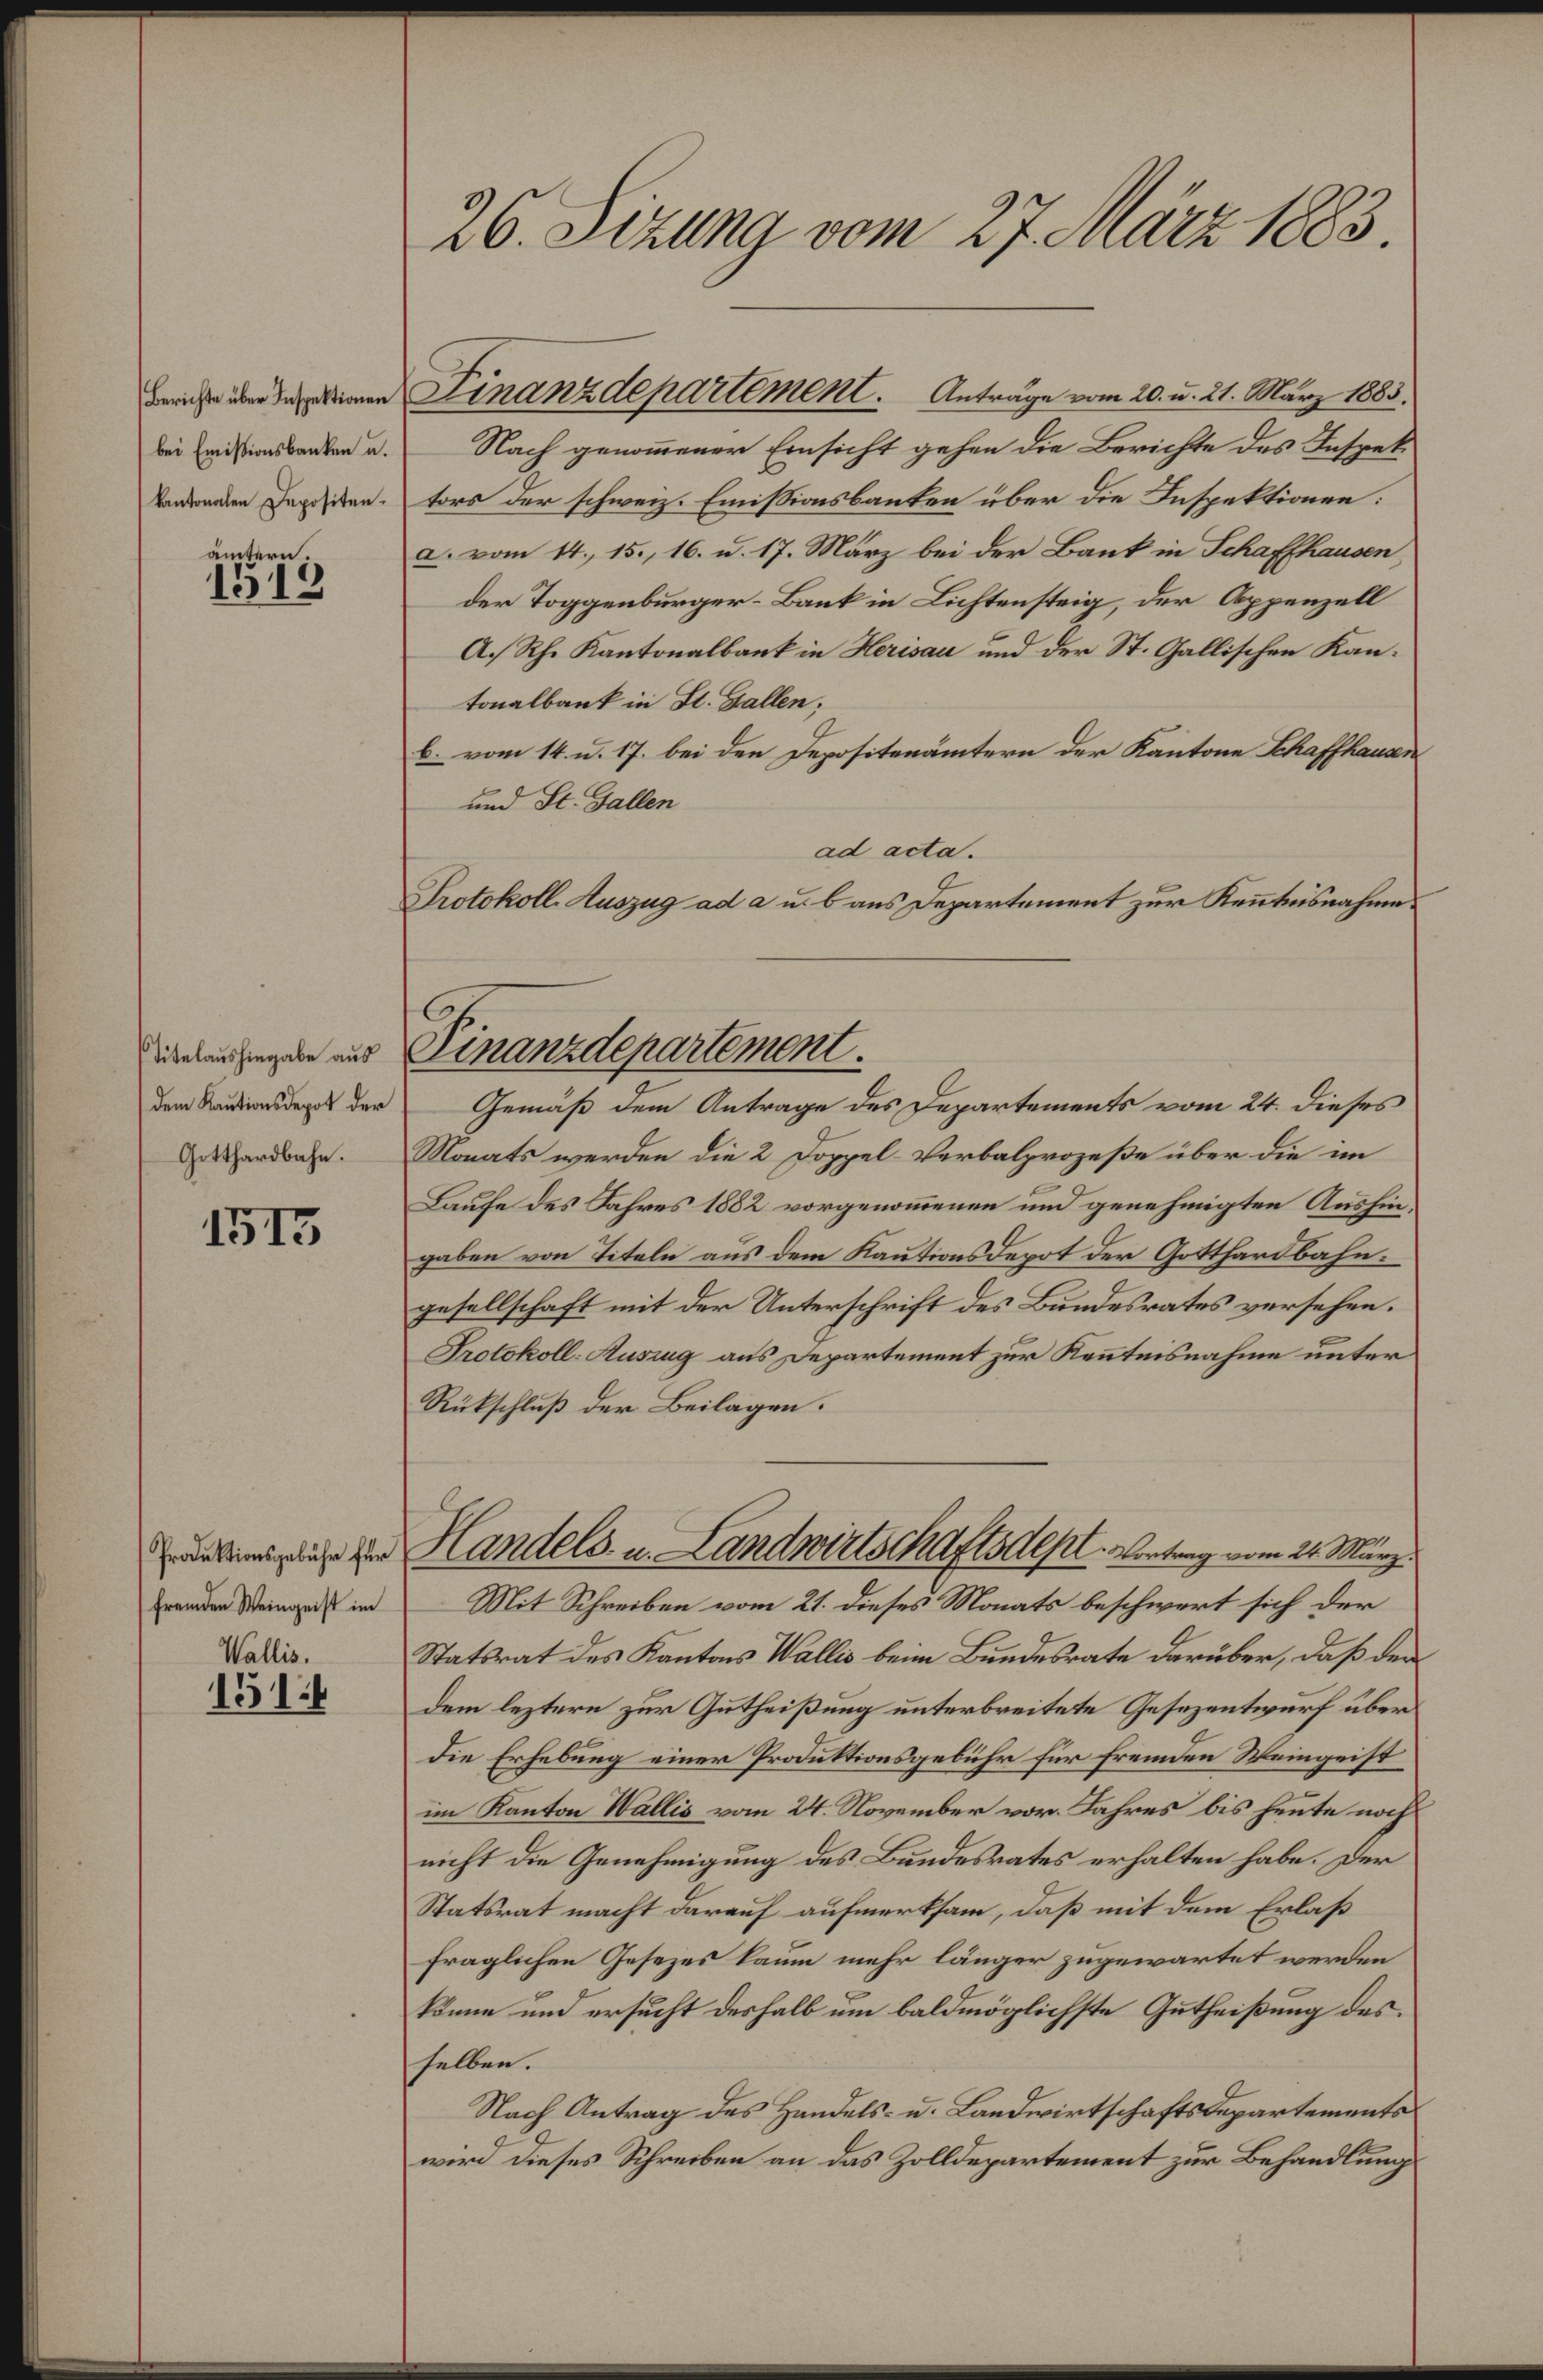
Berichte über Inspektionen
bei Emissionsbanken u.
kantonalen Depositen.

ämtern.
1519

Titelaushingabe aus
dem Kautionsdepot der
Gotthardbahn.

1513

Produktionsgebühr für
fremden Weingeist im

Wallis.
151

26. Sizung vom 27. März 1883.

Nach genommener Einsicht gehen die Berichte des Inspektors der schweiz. Emissionsbanken über die Inspektionen:
a. vom 14. 15., 16. u. 17. März bei der Bank in Schaffhausen
der Toggenburger-Bank in Lichtensteig, der Appenzell
A.Rh. Kantonalbank in Herisau und der St. Gallischen Kantonalbank in St. Gallen;
b. vom 14. u. 17. bei den Depositenämtern der Kantone Schaffhausen
und St. Gallen
ad acta.
Protokoll. Auszug ad a u. b aus Departement zur Kenntnisnahme
Gemäß dem Antrage des Departements vom 24. dieses
Monats werden die 2 Doppel-Verbalprozeße über die im
Laufe des Jahres 1882 vorgenommenen und genehmigten Aushingaben von Titeln aus dem Kautionsdepot der Gotthardbahngesellschaft mit der Unterschrift des Bundesrates versehen.
Protokoll-Auszug aus Departement zur Kenntnisnahme unter
Rückschluß der Beilagen.
Handels- u. Landwirtschaftsdepl. Vortrag vom 24. März.
Mit Schreiben vom 21. dieses Monats beschwert sich der
Statsrat des Kantons Wallis beim Bundesrate darüber, daß den
dem leztern zur Gutheißung unterbreitete Gesezentwurf über
die Erhebung einer Produktionsgebühr für fremden Weingeist
im Kanton Wallis vom 24. November vor. Jahres bis heute noch
nicht die Genehmigung des Bundesrates erhalten habe. Der
Statsrat macht darauf aufmerksam, daß mit dem Erlaß
fraglichen Gesezes kaum mehr länger zugewartet werden
könne und ersucht deshalb um baldmöglichste Gutheißung des
selben.
Nach Antrag des Handels- u. Landwirtschaftsdepartements
wird dieses Schreiben an das Zolldepartement zur Behandlung

Finanzdepartement. Anträge vom 20. u. 21. März 1883.

Finanzdepartement.